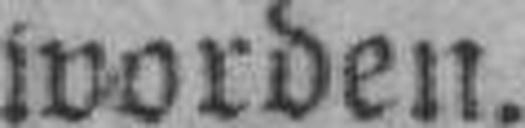
worden.